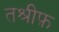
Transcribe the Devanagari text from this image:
तश्रीफ़